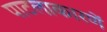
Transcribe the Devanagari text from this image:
पाटलाकारणें